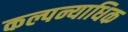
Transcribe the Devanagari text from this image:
कल्पन्याधिक